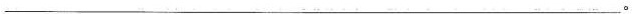
___。